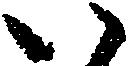
い